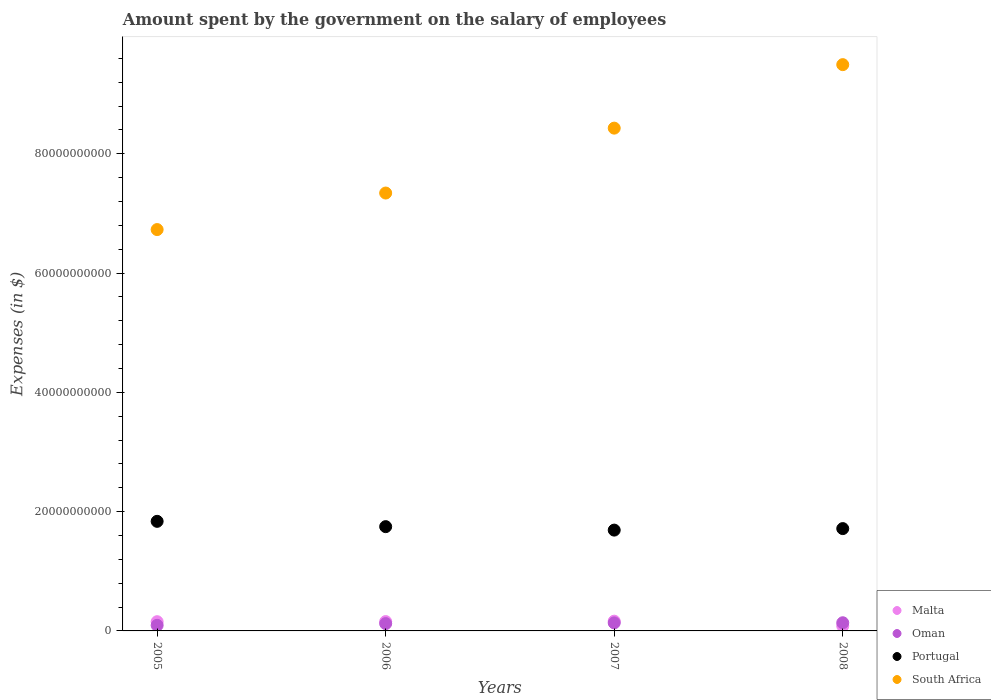
| Years | Malta | Oman | Portugal | South Africa |
 | --- | --- | --- | --- | --- |
 | 2005 | 1.55e+09 | 9.38e+08 | 1.84e+10 | 6.73e+10 |
 | 2006 | 1.57e+09 | 1.23e+09 | 1.75e+10 | 7.34e+10 |
 | 2007 | 1.64e+09 | 1.35e+09 | 1.69e+10 | 8.43e+10 |
 | 2008 | 8.27e+08 | 1.37e+09 | 1.72e+10 | 9.49e+10 |